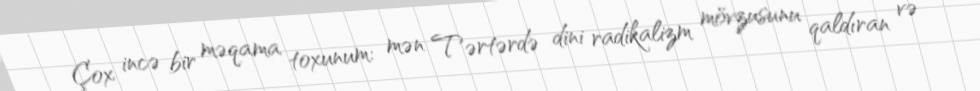
Çox incə bir məqama toxunum: mən Tərtərdə dini radikalizm mövzusunu qaldıran və